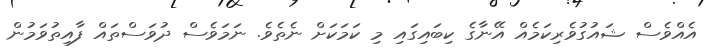
އެއްވެސް ޝައުގުވެރިކަމެއް އޭނާގެ ކިބައިގައި މި ކަމަކަށް ނެތެވެ. ނަމަވެސް ދުވަސްތައް ފާއިތުވަމުން